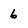
Character: 6